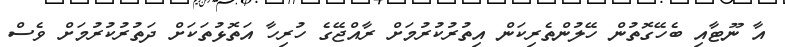
އާ ނޫޓާއި ބެހޭގޮތުން ހޭލުންތެރިކަން އިތުރުކުރުމަށް ރާއްޖޭގެ ހުރިހާ އަތޮޅުތަކަށް ދަތުރުކުރުމަށް ވެސް